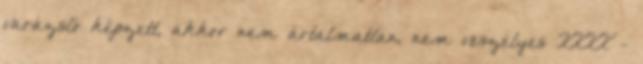
varázsló képzett, akkor nem ártalmatlan, nem veszélyes XXXX -